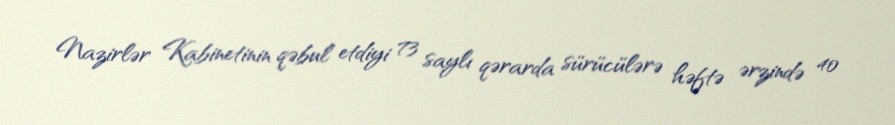
Nazirlər Kabinetinin qəbul etdiyi 73 saylı qərarda sürücülərə həftə ərzində 40